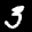
Label: 3